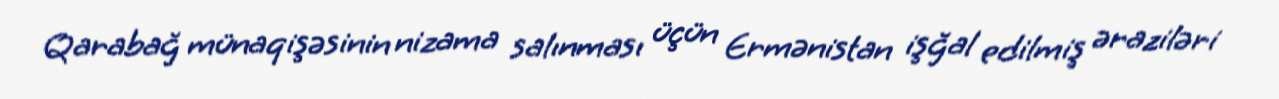
Qarabağ münaqişəsinin nizama salınması üçün Ermənistan işğal edilmiş əraziləri